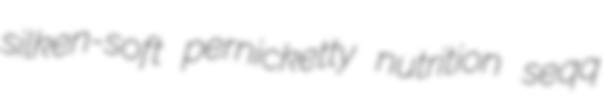
silken-soft pernicketty nutrition seqq